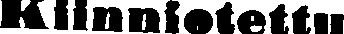
Kiinniotettu